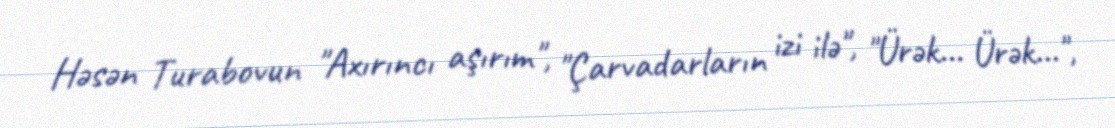
Həsən Turabovun "Axırıncı aşırım", "Çarvadarların izi ilə", "Ürək… Ürək…",